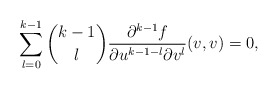
\begin{align*} \sum_{l=0}^{k-1}\binom{k-1}{l}\frac{\partial^{k-1}f}{\partial u^{k-1-l}\partial v^l}(v,v)=0,\end{align*}